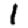
Digit: 1